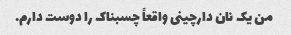
من یک نان دارچینی واقعاً چسبناک را دوست دارم.